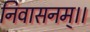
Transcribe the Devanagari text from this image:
निवासनम्।।